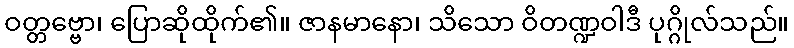
ဝတ္တဗ္ဗော၊ ပြောဆိုထိုက်၏။ ဇာနမာနော၊ သိသော ဝိတဏ္ဍဝါဒီ ပုဂ္ဂိုလ်သည်။